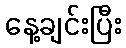
နေ့ချင်းပြီး